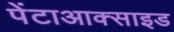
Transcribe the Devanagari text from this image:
पेंटाआक्साइड